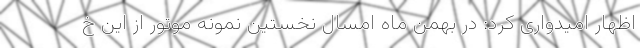
اظهار امیدواری کرد: در بهمن ماه امسال نخستین نمونه موتور از این خ